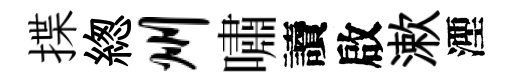
揲緫州嘯讀啟漱湮